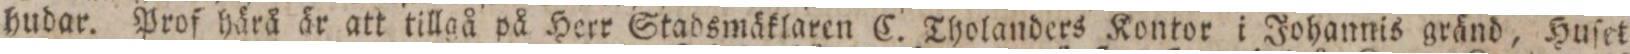
hudar. Prof härå är, att tillgå på Herr Stadsmäklaren C. Tholanders Kontor i Johannis gränd, Huſet